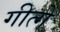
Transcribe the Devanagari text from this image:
गीत्गे